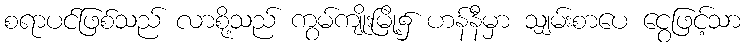
စရာပင်ဖြစ်သည် လာစို့သည် ကွမ်ကျိုးမြို့၌ ဟန်နီမှာ သျှမ်းစာပေ ငွေဖြင့်သာ